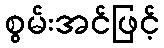
စွမ်းအင်ဖြင့်